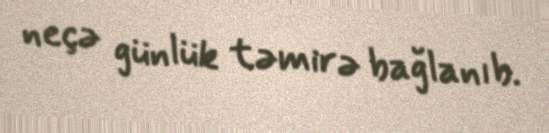
neçə günlük təmirə bağlanıb.